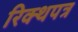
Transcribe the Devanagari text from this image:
रिक्थपत्र